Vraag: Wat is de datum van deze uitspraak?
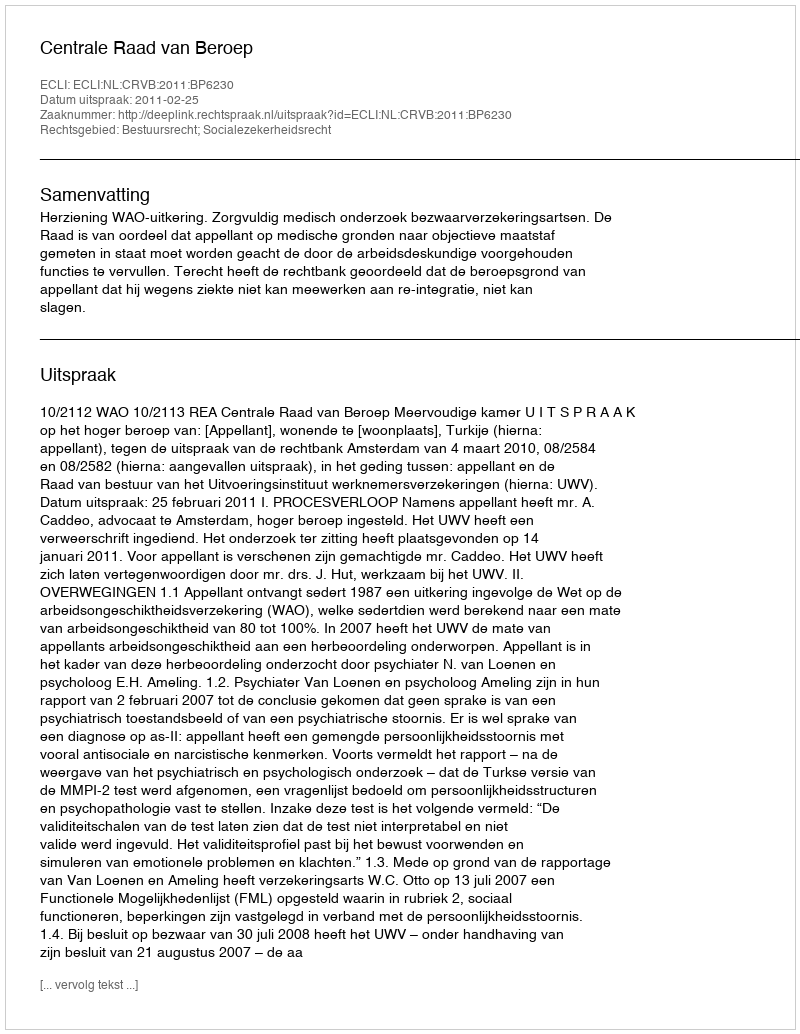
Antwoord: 2011-02-25